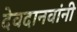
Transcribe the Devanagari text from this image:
देवदानवांनी